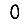
Digit: 0